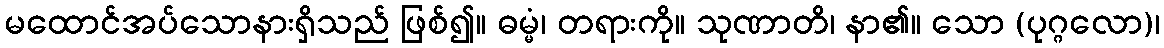
မထောင်အပ်သောနားရှိသည် ဖြစ်၍။ ဓမ္မံ၊ တရားကို။ သုဏာတိ၊ နာ၏။ သော (ပုဂ္ဂလော)၊